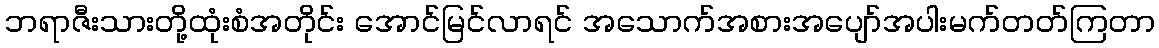
ဘရာဇီးသားတို့ထုံးစံအတိုင်း အောင်မြင်လာရင် အသောက်အစားအပျော်အပါးမက်တတ်ကြတာ